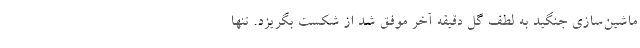
ماشین‌سازی جنگید به لطف گل دقیقه آخر موفق شد از شکست بگریزد. تنها